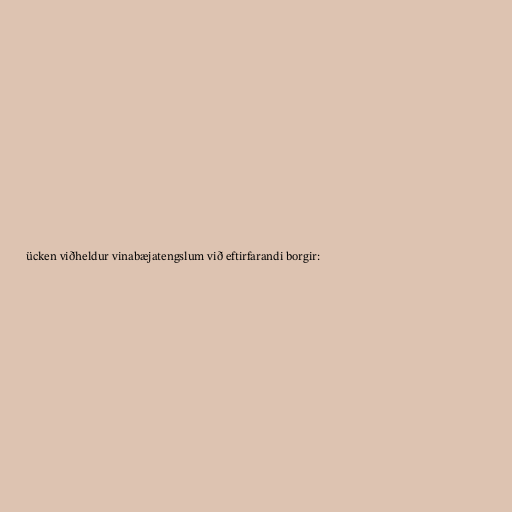
ücken viðheldur vinabæjatengslum við eftirfarandi borgir: